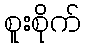
စူးစိုက်